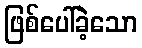
ဖြစ်ပေါ်ခဲ့သော